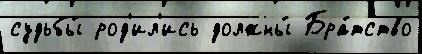
судьбы́ род'ил'ись должны́ Бра́тство